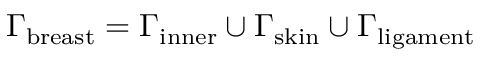
\Gamma _ { \mathrm { b r e a s t } } = \Gamma _ { \mathrm { i n n e r } } \cup \Gamma _ { \mathrm { s k i n } } \cup \Gamma _ { \mathrm { l i g a m e n t } }